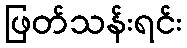
ဖြတ်သန်းရင်း